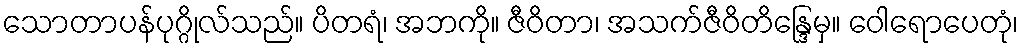
သောတာပန်ပုဂ္ဂိုလ်သည်။ ပိတရံ၊ အဘကို။ ဇီဝိတာ၊ အသက်ဇီဝိတိန္ဒြေမှ။ ဝေါရောပေတုံ၊